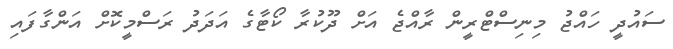
ސައުދީ ހައްޖު މިނިސްޓްރީން ރާއްޖެ އަށް ދޫކުރާ ކޯޓާގެ އަދަދު ރަސްމީކޮށް އަންގާފައި